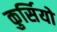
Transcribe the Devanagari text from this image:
कुर्सियो